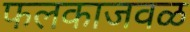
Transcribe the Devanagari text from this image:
फलकाजवळ